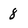
Character: 8